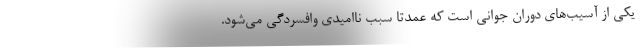
یکی از آسیب‌های دوران جوانی است که عمدتا سبب ناامیدی وافسردگی می‌شود.